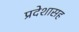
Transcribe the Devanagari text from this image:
प्रदेशासह